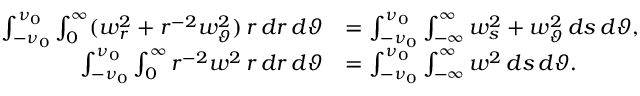
\begin{array} { r l } { \int _ { - \nu _ { 0 } } ^ { \nu _ { 0 } } \int _ { 0 } ^ { \infty } ( w _ { r } ^ { 2 } + r ^ { - 2 } w _ { \vartheta } ^ { 2 } ) \, r \, d r \, d \vartheta } & { = \int _ { - \nu _ { 0 } } ^ { \nu _ { 0 } } \int _ { - \infty } ^ { \infty } { w _ { s } ^ { 2 } + w _ { \vartheta } ^ { 2 } } \, d s \, d \vartheta , } \\ { \int _ { - \nu _ { 0 } } ^ { \nu _ { 0 } } \int _ { 0 } ^ { \infty } r ^ { - 2 } w ^ { 2 } \, r \, d r \, d \vartheta } & { = \int _ { - \nu _ { 0 } } ^ { \nu _ { 0 } } \int _ { - \infty } ^ { \infty } { w ^ { 2 } } \, d s \, d \vartheta . } \end{array}